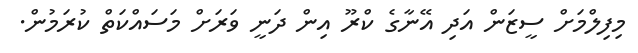
މިފިލްމަށް ސީޒަން އަދި އޭނާގެ ކްރޫ އިން ދަނީ ވަރަށް މަސައްކަތް ކުރަމުން.